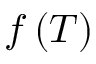
f \left( T \right)